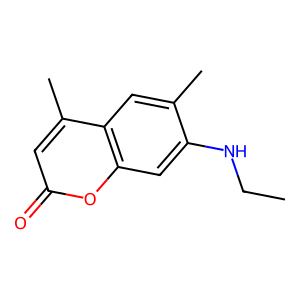
SMILES: CCNc1cc2oc(=O)cc(C)c2cc1C
Inhibits HIV replication: No